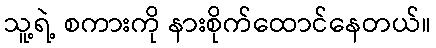
သူ့ရဲ့ စကားကို နားစိုက်ထောင်နေတယ်။